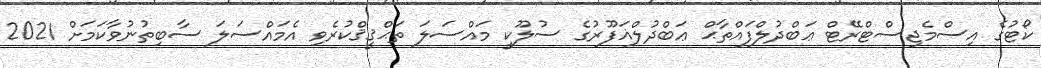
ކޯޓުގެ އިސްމެޖިސްޓްރޭޓް ޢަބްދުލްފައްތާޙް ޢަބްދުލްޣަފޫރުގެ ސުލޫކީ މައްސަލަ ތަޙްޤީޤްކުރެވި އެމައްސަލަ ސާބިތުނުވާކަމަށް 2021